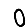
Digit: 0